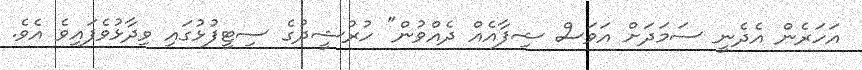
އަހަރެން އެދެނީ ސަމަދަށް އަވަސް ޝިފާއެއް ދެއްވުން" ހުރުޝީދުގެ ސިޓީފުޅުގައި ވިދާޅުވެފައިވެ އެވެ.